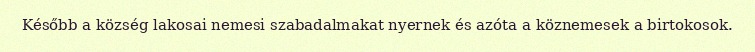
Később a község lakosai nemesi szabadalmakat nyernek és azóta a köznemesek a birtokosok.